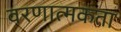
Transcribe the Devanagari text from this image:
वरणात्मकता